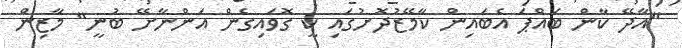
"އާދޭ ކާން ބައްޕަ އެބައިން ކާމޭޒުދޮށުގައި ކީ ގޮވައިގެން އަންނާށޭ ބުނީ" މާޒިން